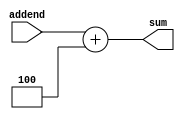
module Add4
(
	input wire [31:0]addend,
	output reg [31:0]sum
);

	always @(*)
		begin
			sum <= addend + 32'd4;
		end

endmodule